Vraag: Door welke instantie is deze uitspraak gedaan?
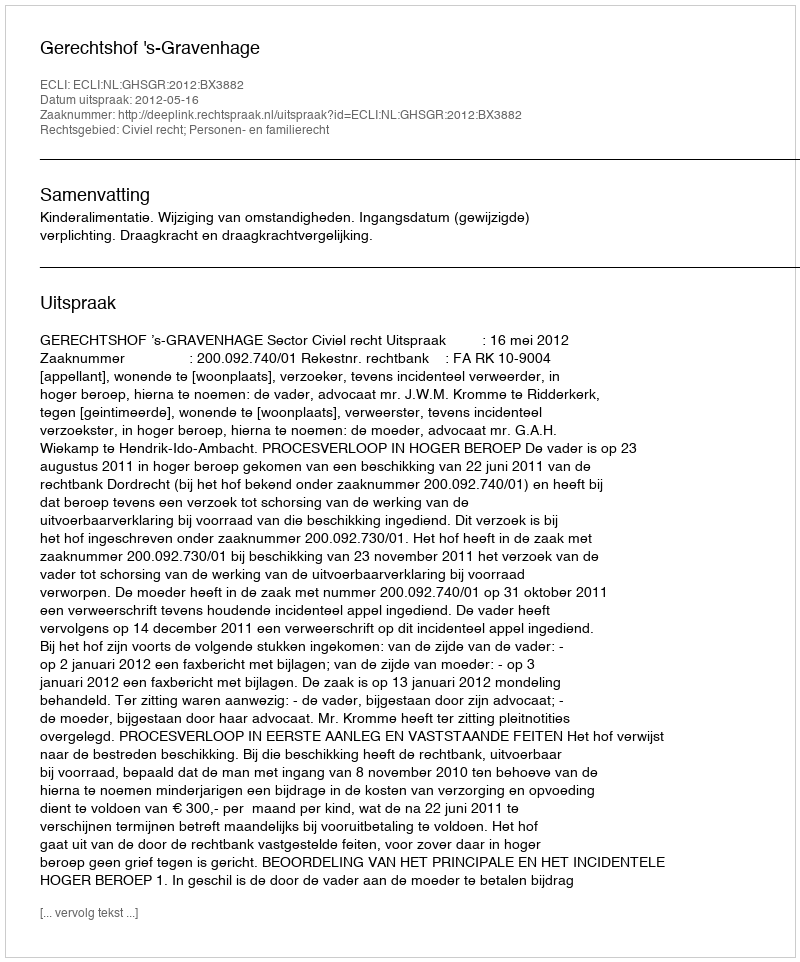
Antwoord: Gerechtshof 's-Gravenhage